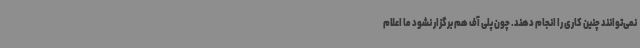
نمی‌توانند چنین کاری را انجام دهند. چون پلی آف هم برگزار نشود ما اعلام